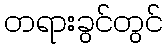
တရားခွင်တွင်